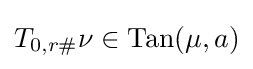
T_{0,r\#}\nu \in \mathrm {Tan} (\mu ,a)